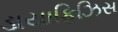
ડાયાફિઝિસ